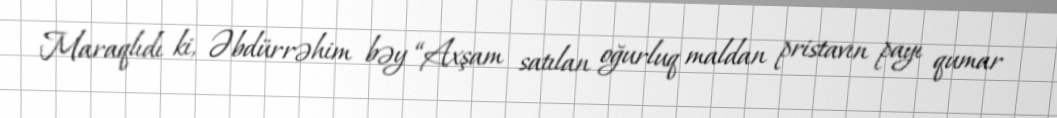
Maraqlıdı ki, Əbdürrəhim bəy “Axşam satılan oğurluq maldan pristavın payı qumar